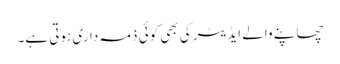
چھاپنے والے ایڈیٹر کی بھی کوئی ذمہ داری ہوتی ہے۔